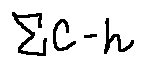
\sum C - h